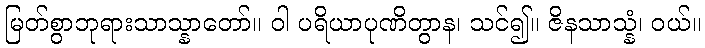
မြတ်စွာဘုရားသာသ္နာတော်။ ဝါ ပရိယာပုဏိတွာန၊ သင်၍။ ဇိနသာသ္နံ၊ ဝယ်။